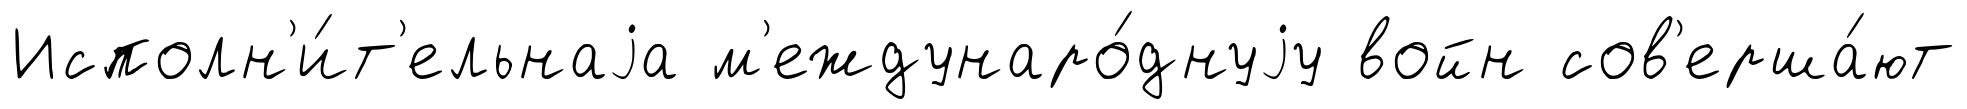
Исполн'и́т'ельнаjа м'еждунаро́днуjу войн сов'ерша́ют